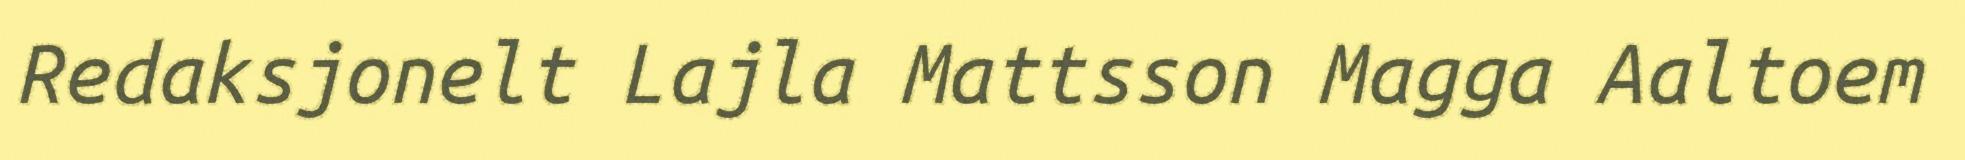
Redaksjonelt Lajla Mattsson Magga Aaltoem